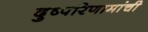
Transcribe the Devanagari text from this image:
दुष्परिणामांची